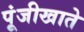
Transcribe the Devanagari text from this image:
पूंजीखाते